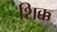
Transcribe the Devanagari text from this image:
शिक्क